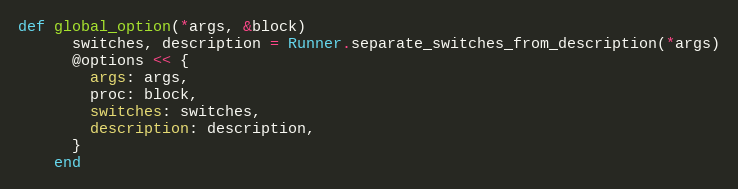
Language: Ruby
def global_option(*args, &block)
      switches, description = Runner.separate_switches_from_description(*args)
      @options << {
        args: args,
        proc: block,
        switches: switches,
        description: description,
      }
    end